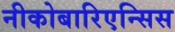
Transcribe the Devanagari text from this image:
नीकोबारिएन्सिस